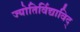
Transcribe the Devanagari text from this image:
ज्योतिर्विद्याविद्